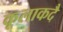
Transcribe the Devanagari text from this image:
कूलाकदै